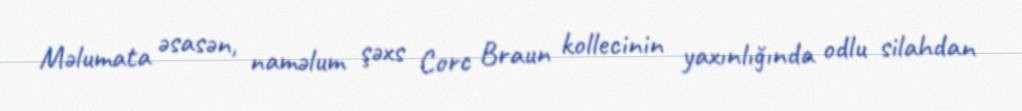
Məlumata əsasən, naməlum şəxs Corc Braun kollecinin yaxınlığında odlu silahdan